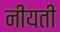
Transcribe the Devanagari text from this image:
नीयती